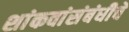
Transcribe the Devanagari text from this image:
शांकवांसंबंधीचे